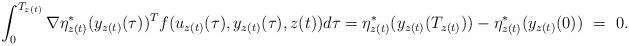
LaTeX: \begin{align*}\int_0^{T_{z(t)}}\nabla \eta^*_{z(t)} (y_{z(t)}(\tau))^T f(u_{z(t)}(\tau),y_{z(t)}(\tau) , z(t))d\tau=\eta^*_{z(t)} (y_{z(t)}(T_{z(t)})) - \eta^*_{z(t)} (y_{z(t)}(0))\ =\ 0.\end{align*}